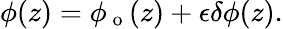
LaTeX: \phi(z)=\phi_{\mathrm{~o~}}(z)+\epsilon\delta\phi(z).